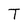
Character: T